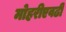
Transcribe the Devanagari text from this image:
मोहरीएवढी